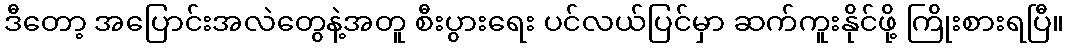
ဒီတော့ အပြောင်းအလဲတွေနဲ့အတူ စီးပွားရေး ပင်လယ်ပြင်မှာ ဆက်ကူးနိုင်ဖို့ ကြိုးစားရပြီ။